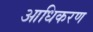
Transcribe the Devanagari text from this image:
आधिकरण